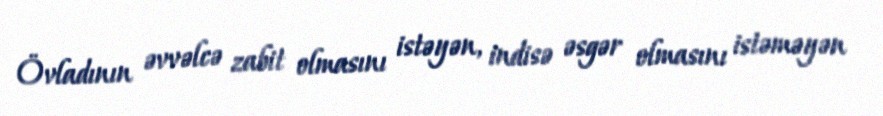
Övladının əvvəlcə zabit olmasını istəyən, indisə əsgər olmasını istəməyən